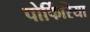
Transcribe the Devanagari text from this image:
पोर्फिरिया